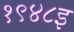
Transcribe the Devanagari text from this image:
१९४८इ